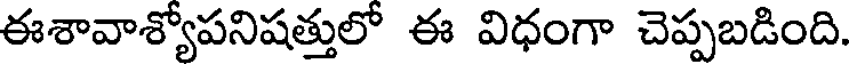
ఈశావాశ్యోపనిషత్తులో ఈ విధంగా చెప్పబడింది.